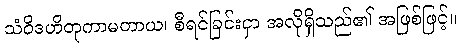
သံဝိဒဟိတုကာမတာယ၊ စီရင်ခြင်းငှာ အလိုရှိသည်၏ အဖြစ်ဖြင့်။